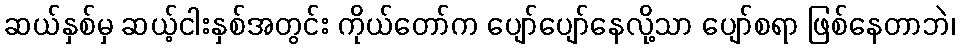
ဆယ်နှစ်မှ ဆယ့်ငါးနှစ်အတွင်း ကိုယ်တော်က ပျော်ပျော်နေလို့သာ ပျော်စရာ ဖြစ်နေတာဘဲ၊